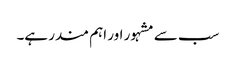
سب سے مشہور اور اہم مندر ہے۔